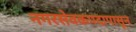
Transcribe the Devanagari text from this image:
नगरसेवकपदापासून